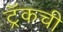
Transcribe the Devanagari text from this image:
ट्रॅकची